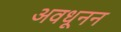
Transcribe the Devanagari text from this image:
अवधूनन